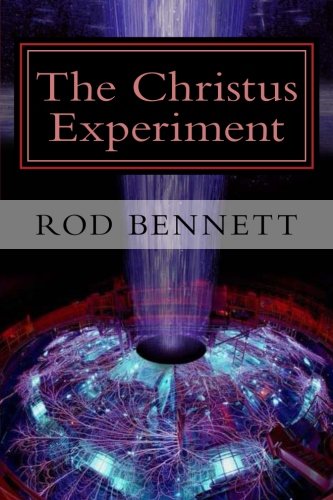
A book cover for The Christus Experiment; Rod Bennett; Religion & Spirituality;